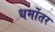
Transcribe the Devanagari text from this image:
धर्मोतर